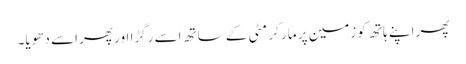
پھر اپنے ہاتھ کو زمین پر مار کر مٹی کے ساتھ اسے رگڑا اور پھر اسے دھویا۔